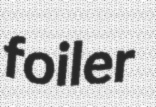
foiler